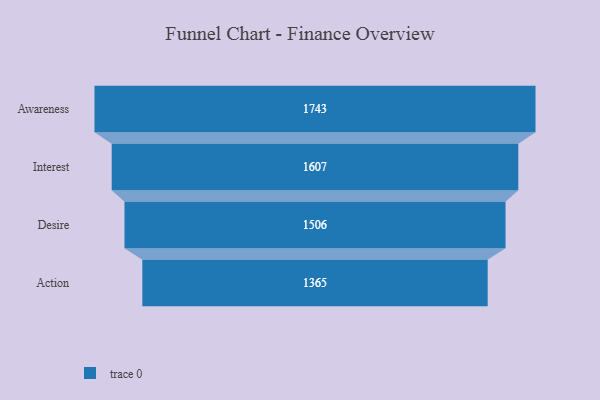
{"axis": {"x": "Stage", "y": "Value"}, "legend": [""], "data": [{"x": "Awareness", "y": 1743.0, "type": ""}, {"x": "Interest", "y": 1607.0, "type": ""}, {"x": "Desire", "y": 1506.0, "type": ""}, {"x": "Action", "y": 1365.0, "type": ""}]}